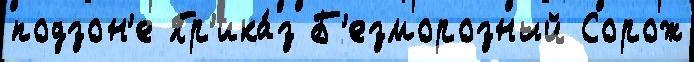
подзон'е Пр'ика́з Б'езморозный Сорож